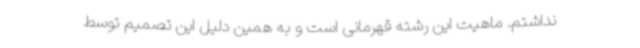
نداشتم. ماهیت این رشته قهرمانی است و به همین دلیل این تصمیم توسط